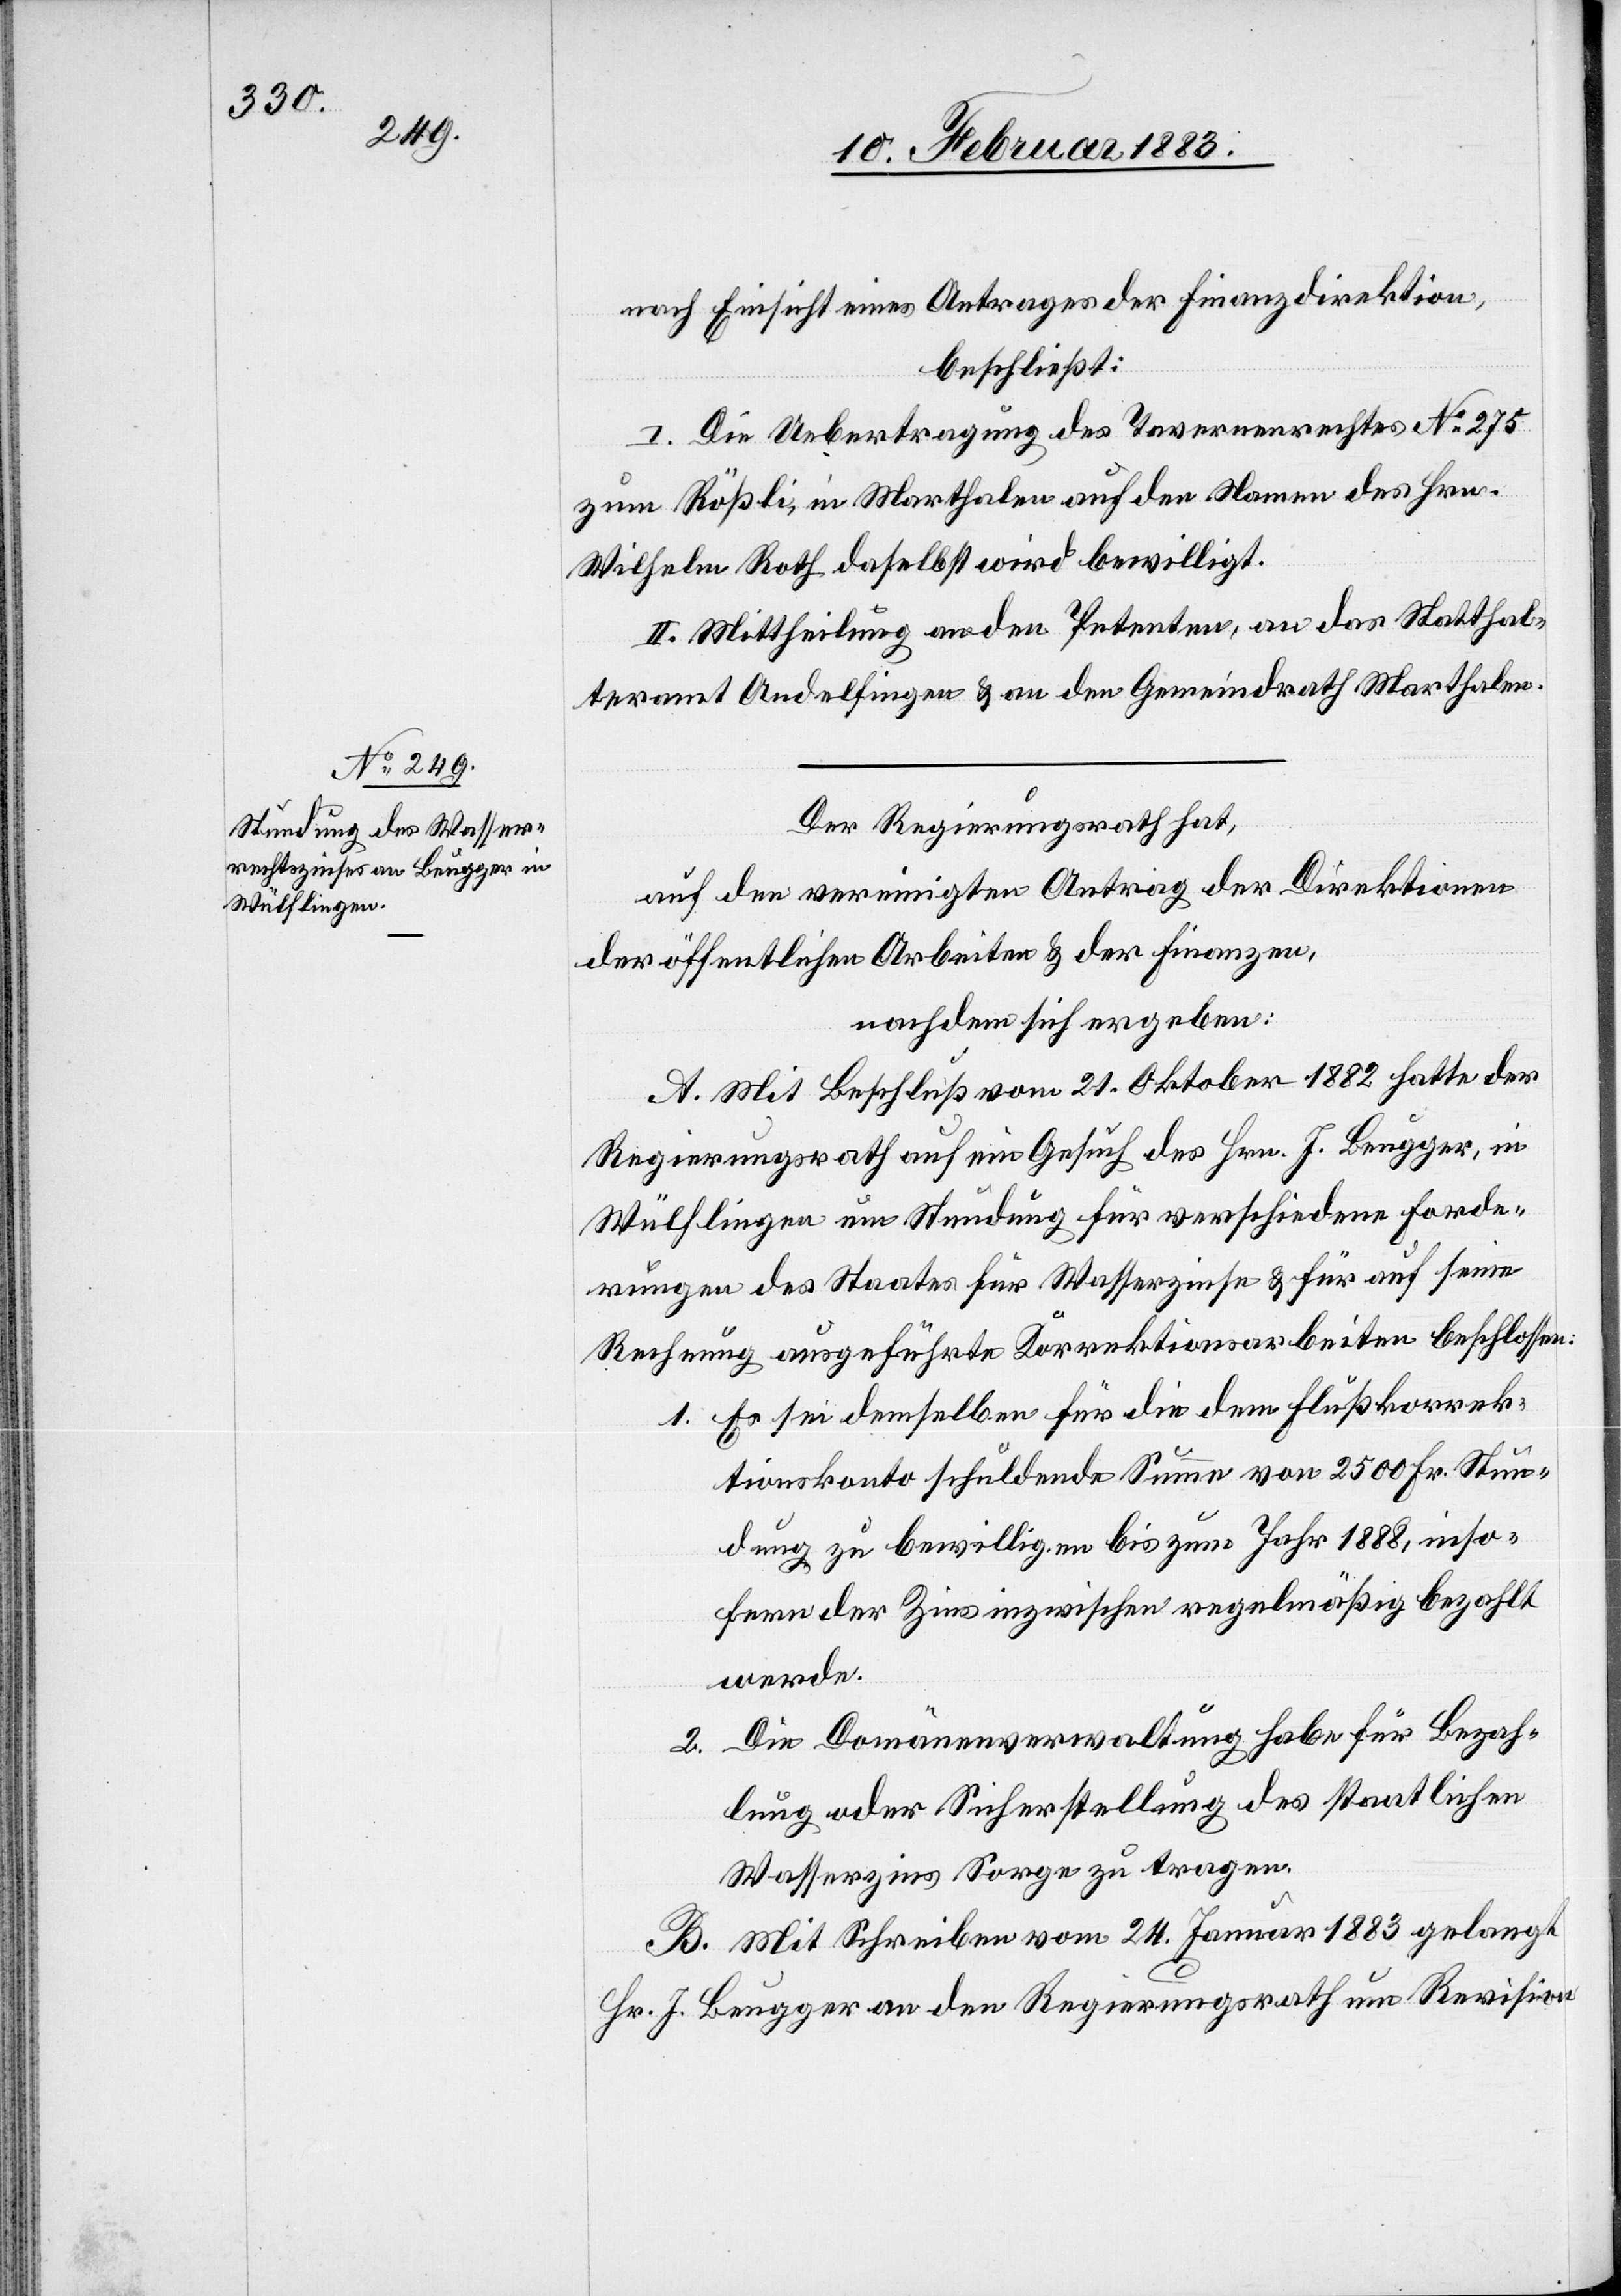
nach Einsicht eines Antrages der Finanzdirektion,
beschließt:
I. Die Uebertragung des Tavernenrechtes No 275
zum Rößli, in Marthalen auf den Namen des Hrn.
Wilhelm Roth daselbst wird bewilligt.
II. Mittheilung an den Petenten, an das Statthal¬
teramt Andelfingen & an den Gemeindrath Marthalen.
Der Regierungsrath hat,
auf den vereinigten Antrag der Direktionen
der öffentlichen Arbeiten & der Finanzen,
nachdem sich ergeben:
A. Mit Beschluß vom 21. Oktober 1882 hatte der
Regierungsrath auf ein Gesuch des Hrn. J. Beugger, in
Wülflingen um Stundung für verschiedene Forde¬
rungen des Staates für Wasserzinse & für auf seine
Rechnung ausgeführte Korrektionsarbeiten beschlossen:
1. Es sei demselben für die dem Flußkorrek¬
tionskonto schuldende Summe von 2500 Fr. Stun¬
dung zu bewilligen bis zum Jahr 1888, inso¬
fern der Zins inzwischen regelmäßig bezahlt
werde.
2. Die Domänenverwaltung habe für Bezah¬
lung oder Sicherstellung des staatlichen
Wasserzinses Sorge zu tragen.
B. Mit Schreiben vom 24. Januar 1883 gelangt
Hr. J. Beugger an den Regierungsrath um Revision